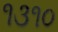
૧૩૧૦